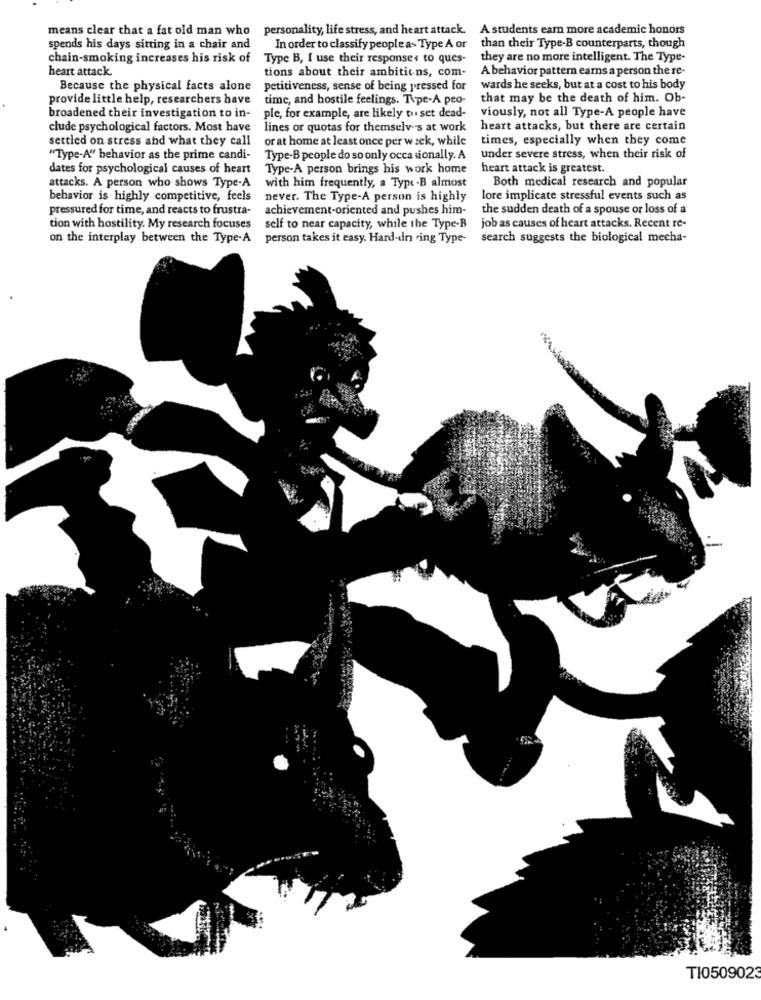
means clear that a fat old man who personality, life stress, and heart attack.
A students earn more academic honors
spends his days sitting in a chair and
In order to classify people a> Type A or
than their Type-B counterparts, though
chain-smoking increases his risk of
Type B, I use their responses to ques-
they are no more intelligent. The Type-
heart attack.
tions about their ambitions, com-
A behavior pattern earns a person the re-
Because the physical facts alone
petitiveness, sense of being pressed for
wards he seeks, but at a cost to his body
provide little help, researchers have
time, and hostile feelings. Type-A peo-
that may be the death of him. Ob-
broadened their investigation to in-
ple, for example, are likely to set dead-
viously, not all Type-A people have
clude psychological factors. Most have
lines or quotas for themselves at work
heart attacks, but there are certain
settled on stress and what they call
or at home at least once per w sek, while
times, especially when they come
"Type-A" behavior as the prime candi-
Type-B people do so only occasionally. A
under severe stress, when their risk of
dates for psychological causes of heart
Type-A person brings his work home
heart attack is greatest.
Both medical research and popular
attacks. A person who shows Type-A
with him frequently, a Type -B almost
behavior is highly competitive, feels
never. The Type-A person is highly
lore implicate stressful events such as
pressured for time, and reacts to frustra-
achievement-oriented and pushes him-
the sudden death of a spouse or loss of a
tion with hostility. My research focuses
self to near capacity, while the Type-B
job as causes of heart attacks. Recent re-
on the interplay between the Type-A person takes it easy. Hard-drs ing Type-
search suggests the biological mecha-
TI0509023